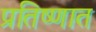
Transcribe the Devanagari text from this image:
प्रतिष्णात